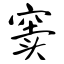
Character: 窦